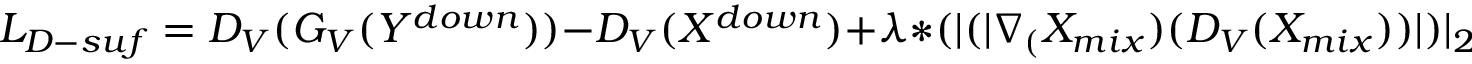
L _ { D - s u f } = D _ { V } ( G _ { V } ( Y ^ { d o w n } ) ) - D _ { V } ( X ^ { d o w n } ) + \lambda * ( | ( | \nabla _ { ( } X _ { m i x } ) ( D _ { V } ( X _ { m i x } ) ) | ) | _ { 2 } - 1 ) ^ { 2 }